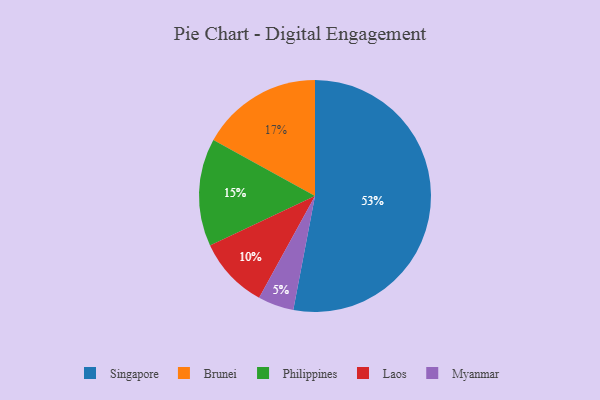
{"axis": {"x": "Category", "y": "Percentage"}, "legend": ["Brunei", "Laos", "Myanmar", "Philippines", "Singapore"], "data": [{"x": "Singapore", "y": 53, "type": "Singapore"}, {"x": "Laos", "y": 10, "type": "Laos"}, {"x": "Philippines", "y": 15, "type": "Philippines"}, {"x": "Brunei", "y": 17, "type": "Brunei"}, {"x": "Myanmar", "y": 5, "type": "Myanmar"}]}